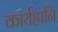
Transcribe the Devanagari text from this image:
कार्यहानि